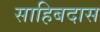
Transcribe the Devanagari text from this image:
साहिबदास